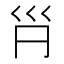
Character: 𡿩